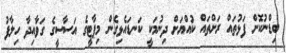
ބިޑްނުކޮށް ފަޅުތައް ރަށްތައް ކުއްޔަށް ދިނުމަކީ ކަނޑައެޅިގެން މިޕާޓީގެ އަސާސީގެ ގަވާއިދާ ހިލާފު